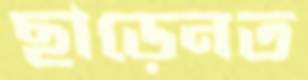
ছাড়েনত